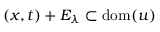
( x , t ) + E _ { \lambda } \subset \mathrm { d o m } ( u )